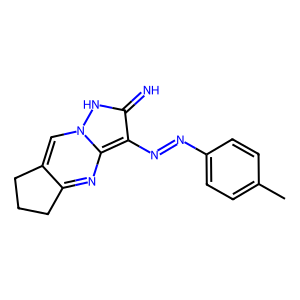
SMILES: Cc1ccc(N=Nc2c(=N)[nH]n3cc4c(nc23)CCC4)cc1
Inhibits HIV replication: No